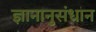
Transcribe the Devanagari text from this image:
ज्ञानानुसंधान